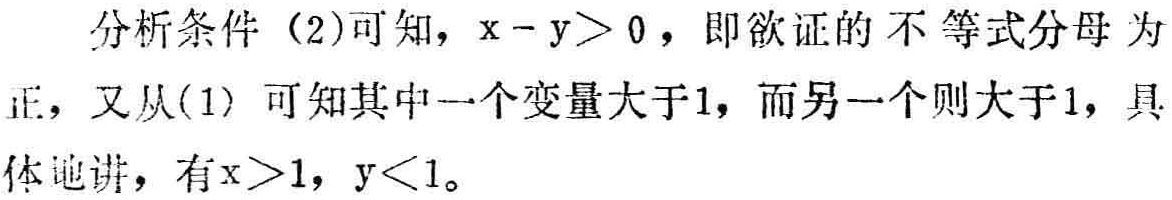
分析条件（2）可知，\(x - y>0\)，即欲证的不等式分母为正，又从(1) 可知其中一个变量大于1，而另一个则大于1，具体地讲，有\(x>1\)，\(y<1\)。